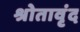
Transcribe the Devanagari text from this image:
श्रोतावृंद